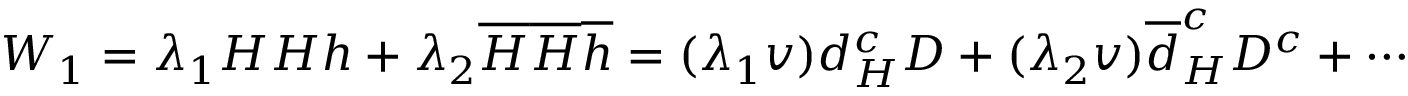
W _ { 1 } = \lambda _ { 1 } { \cal H } { \cal H } h + \lambda _ { 2 } { \overline { { { \cal H } } } } { \overline { { { \cal H } } } } { \overline { { { h } } } } = ( \lambda _ { 1 } v ) d _ { H } ^ { c } D + ( \lambda _ { 2 } v ) \overline { { { d } } } _ { H } ^ { c } D ^ { c } + \cdots